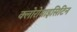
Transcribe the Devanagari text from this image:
क्लोरोमाइसिटिन